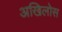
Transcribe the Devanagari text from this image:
अखिलोस